Annual administration report of the Civil Veterinary Department of India - 1905-1906
Year: 1905
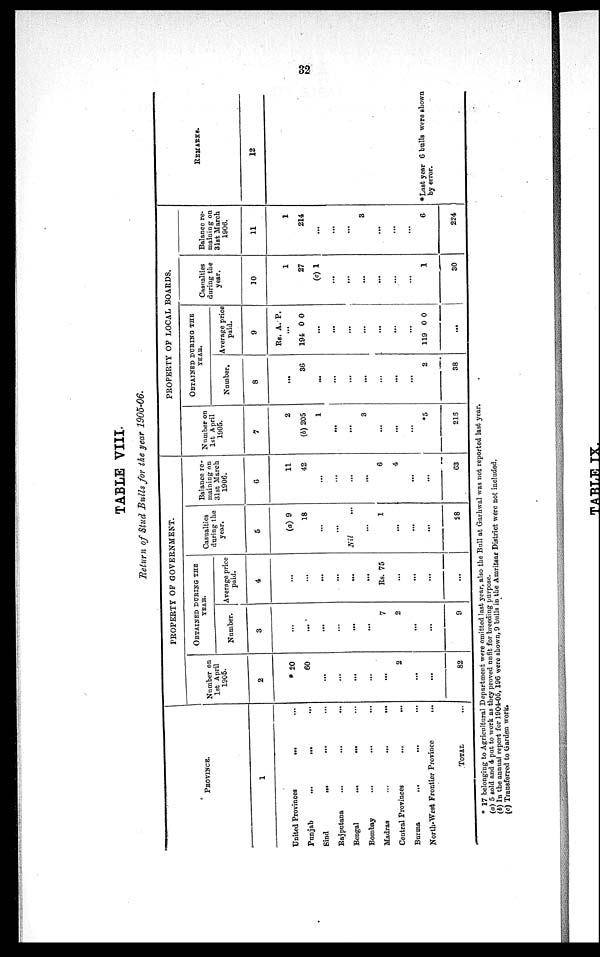
32
TABLE VIII.
Return of Stud Bulls for the year 1905-06.
PROVINCE.
1
United Provinces
...
...
Punjab
...
...
...
Sind
... ... ...
Rajputana ... ... ...
Bengal
... ... ...
Bombay ... ... ...
Madras
...
...
...
Central Provinces
...
...
Burma
...
... ...
North-West Frontier Province
...
TOTAL ...
PROPERTY OF GOVERNMENT.
Number on
1st April
1905.
2
* 20
60
...
...
...
...
...
2
...
...
82
OBTAINED DURING THE
YEAR.
Number.
3
...
...
...
...
...
...
7
2
...
...
9
Average price
paid.
4
...
...
...
...
...
...
Rs. 75
...
...
...
...
Casualties
during the
year.
5
(a) 9
18
...
...
Nil
...
1
...
...
...
58
Balance re-
maining on
31st March
1906.
6
11
42
...
...
...
...
6
4
...
...
63
PROPERTY OF LOCAL BOARDS.
Number on
1st April
1905.
7
2
(b) 205
1
...
...
3
...
...
...
*5
216
OBTAINED DURING THE
YEAR.
Number.
8
...
36
...
...
...
...
...
...
...
2
38
Average price
paid.
9
Rs.
194
119
...
A.
...
0
...
...
...
...
...
...
...
0
P.
0
0
Casualties
during the
year.
10
1
27
(c) 1
...
...
...
...
...
...
1
30
Balance re-
maining on
31st March
1906.
11
1
214
...
...
...
3
...
...
...
6
224
REMARKS.
12
*Last year 6 bulls wore shown
by error.
* 17 belonging to Agricultural Department were omitted last year, also the Bull at Garhwal was not reported last year.
(a) 5 sold and 4 put to work as they proved unfit for breeding purpose.
(b) In the annual report for 1904-05, 196 were shown, 9 bulls in the Amritsar District were not included.
(c) Transferred to Garden work.